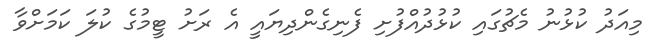
މިއަދު ކުޅުނު މެޗުގައި ކުޅުދުއްފުށި ފެނިގެންދިޔައީ އެ ރަށު ޓީމުގެ ކުލަ ކަމަށްވާ